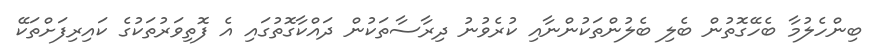
ބިންހެލުމާ ބެހޭގޮތުން ބެލި ބެލުންތަކުންނާއި ކުރެވުނު ދިރާސާތަކުން ދައްކާގޮތުގައި އެ ފޮތިވަރުތަކުގެ ކައިރިފަށްތަކޭ